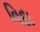
વિદા